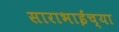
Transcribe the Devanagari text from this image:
साराभाईंच्या